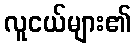
လူငယ်များ၏